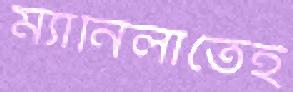
ম্যানিলাতেই